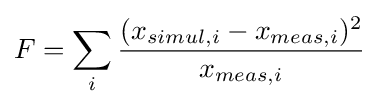
F=\sum _{i}{\frac {(x_{simul,i}-x_{meas,i})^{2}}{x_{meas,i}}}